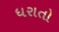
ધરાતો